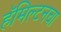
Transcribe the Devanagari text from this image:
हॅमिल्टनचा